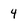
Character: 4